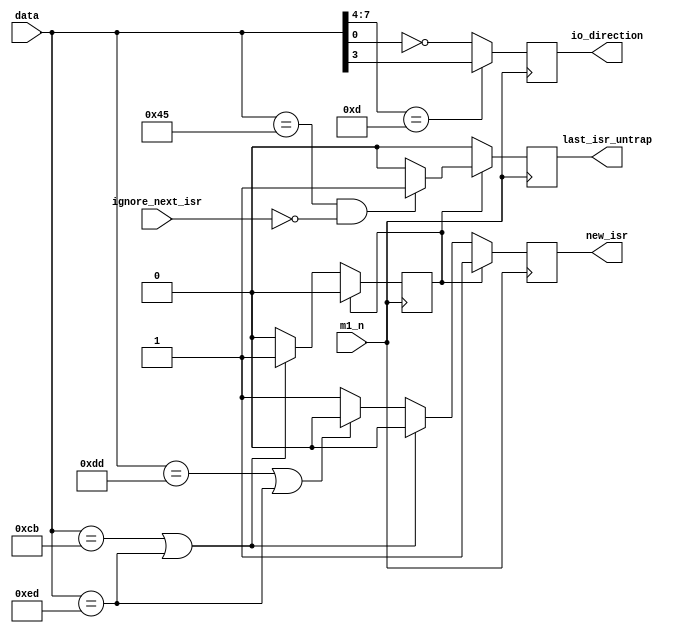
`timescale 1ns / 1ps
//////////////////////////////////////////////////////////////////////////////////
// Company: 
// 
// Design Name: 
// Module Name:    opcode 
// Project Name: 
// Target Devices: 
// Tool versions: 
// Description: 
//
// Dependencies: 
//
// Revision: 
// Revision 0.01 - File Created
// Additional Comments: 
//
//////////////////////////////////////////////////////////////////////////////////
module opcode(
    input [7:0] data,
    input m1_n,
	 input ignore_next_isr,
    output new_isr,
    output last_isr_untrap,
    output io_direction
    );
    
// Keeps track of if the next M1 cycle will be the beginning of a new instruction
reg new_isr_r = 0;

// Is the last opcode byte read decoding into a JUMP instruction?
reg last_isr_untrap_r = 0;

// The next byte read will be the end of a multi-byte instruction
reg force_next_isr = 1;

// Keeps track of the direction of the current I/O instruction
reg io_direction_r = 0;

assign new_isr = new_isr_r;
assign last_isr_untrap = last_isr_untrap_r;
assign io_direction = io_direction_r;

always @(posedge m1_n)
begin

   // If the CPU is doing an IN or OUT instruction, lets try to find what direction it's going
   // We don't care what this value is if we aren't doing an I/O instruction
   // 0 = OUT
   // 1 = IN
   if (data[7:4] == 4'hD)
      io_direction_r = data[3];
   else
      io_direction_r = !data[0];

   last_isr_untrap_r = 0;
   if (force_next_isr) begin
      // Currently executing a BIT or MISC instruction
      new_isr_r = 1;
      force_next_isr = 0;
		if (data == 8'h45 && !ignore_next_isr)
         last_isr_untrap_r = 1;
   end
   else if (data == 8'hCB || data == 8'hED) begin
      // Prefix for BIT or MISC instruction
      new_isr_r = 0;
      force_next_isr = 1;
   end
   else if (data == 8'hDD || data == 8'hED) begin
      // IX or IY instruction
      new_isr_r = 0;
      force_next_isr = 0;
   end
   else begin
      // Normal instruction
      new_isr_r = 1;
      force_next_isr = 0;
   end
end

endmodule